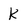
Character: k